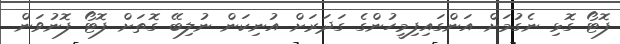
ފޮޓޯ ގޮޅި ނެގުމަށް އަންގައިފިމީހުންގެ ގަދަރަށް އުނިކަން ނުލިބޭ ގޮތަށް ފޮޓޯ ފޮނުވަން